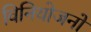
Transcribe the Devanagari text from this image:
विनियोजनों